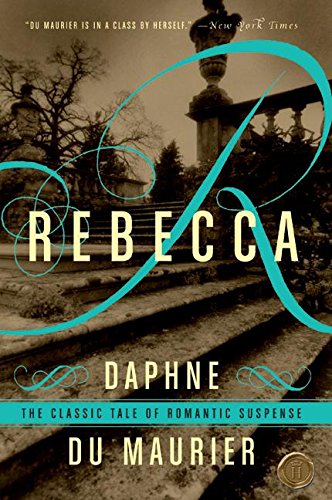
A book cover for Rebecca; Daphne Du Maurier; Mystery, Thriller & Suspense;